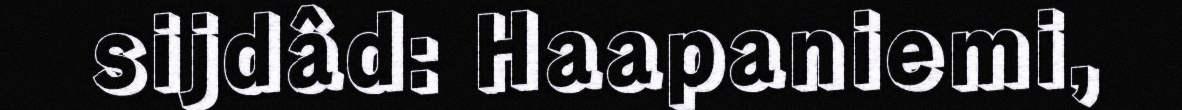
sijdâd: Haapaniemi,